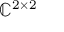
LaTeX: \mathbb { C } ^ { 2 \times 2 }